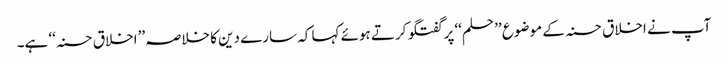
آپ نے اخلاق حسنہ کے موضوع ’’حلم‘‘ پر گفتگو کرتے ہوئے کہا کہ سارے دین کا خلاصہ ’’اخلاق حسنہ‘‘ ہے۔